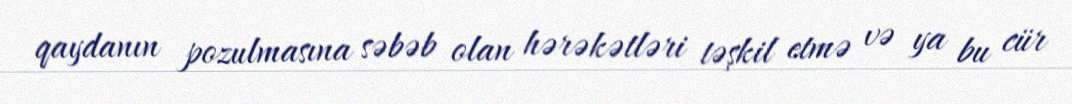
qaydanın pozulmasına səbəb olan hərəkətləri təşkil etmə və ya bu cür